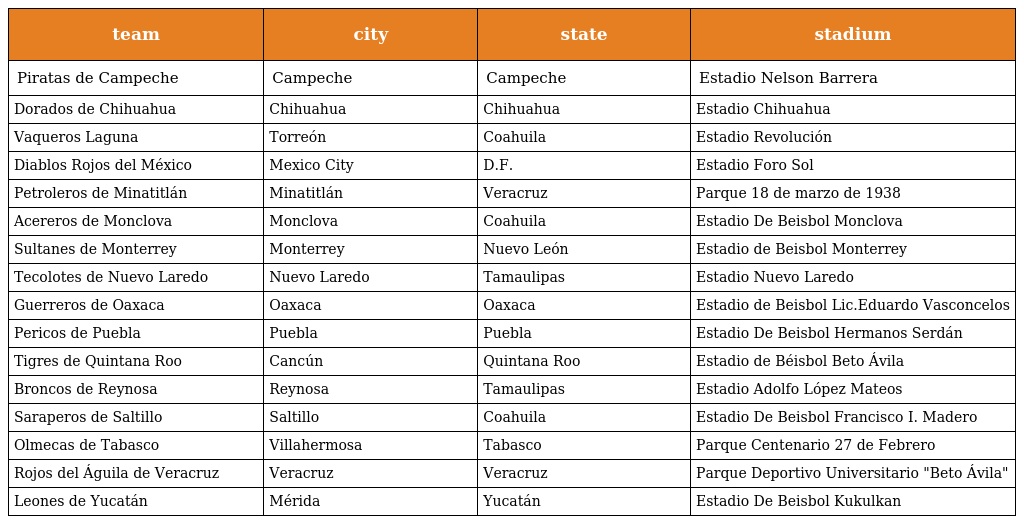
| team | city | state | stadium |
 | --- | --- | --- | --- |
 | Piratas de Campeche | Campeche | Campeche | Estadio Nelson Barrera |
 | Dorados de Chihuahua | Chihuahua | Chihuahua | Estadio Chihuahua |
 | Vaqueros Laguna | Torreón | Coahuila | Estadio Revolución |
 | Diablos Rojos del México | Mexico City | D.F. | Estadio Foro Sol |
 | Petroleros de Minatitlán | Minatitlán | Veracruz | Parque 18 de marzo de 1938 |
 | Acereros de Monclova | Monclova | Coahuila | Estadio De Beisbol Monclova |
 | Sultanes de Monterrey | Monterrey | Nuevo León | Estadio de Beisbol Monterrey |
 | Tecolotes de Nuevo Laredo | Nuevo Laredo | Tamaulipas | Estadio Nuevo Laredo |
 | Guerreros de Oaxaca | Oaxaca | Oaxaca | Estadio de Beisbol Lic.Eduardo Vasconcelos |
 | Pericos de Puebla | Puebla | Puebla | Estadio De Beisbol Hermanos Serdán |
 | Tigres de Quintana Roo | Cancún | Quintana Roo | Estadio de Béisbol Beto Ávila |
 | Broncos de Reynosa | Reynosa | Tamaulipas | Estadio Adolfo López Mateos |
 | Saraperos de Saltillo | Saltillo | Coahuila | Estadio De Beisbol Francisco I. Madero |
 | Olmecas de Tabasco | Villahermosa | Tabasco | Parque Centenario 27 de Febrero |
 | Rojos del Águila de Veracruz | Veracruz | Veracruz | Parque Deportivo Universitario "Beto Ávila" |
 | Leones de Yucatán | Mérida | Yucatán | Estadio De Beisbol Kukulkan |